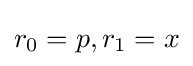
r_{0}=p,r_{1}=x